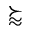
\succapprox